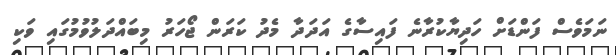
ނަމަވެސް ފަންޑަށް ހަދިޔާކުރާނެ ފައިސާގެ އަދަދާ މެދު ކަރަން ޖޯހަރު މިބައްދަލުވުމުގައި ވަކި